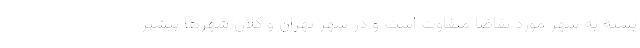
بسته به شهر مورد تقاضا متفاوت است و در شهر تهران و کلان شهر‌ها بیشتر